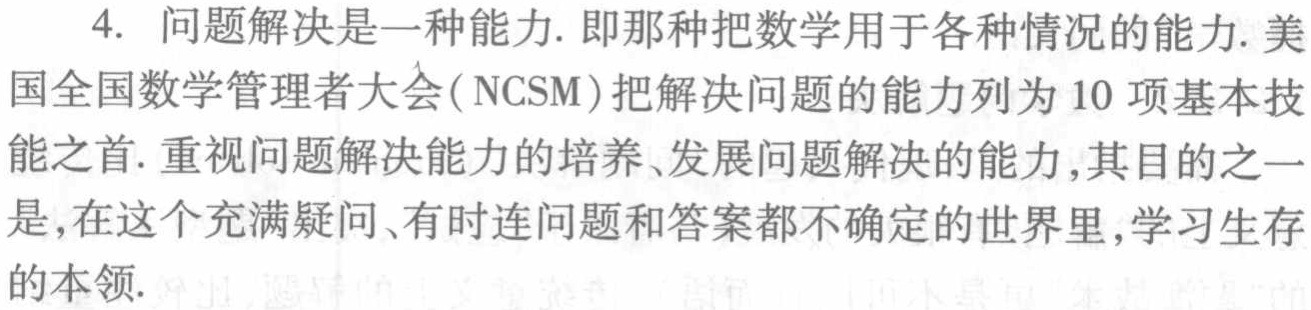
4. 问题解决是一种能力. 即那种把数学用于各种情况的能力. 美国全国数学管理者大会(NCSM)把解决问题的能力列为10项基本技能之首. 重视问题解决能力的培养、发展问题解决的能力,其目的之一是,在这个充满疑问、有时连问题和答案都不确定的世界里,学习生存的本领.